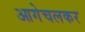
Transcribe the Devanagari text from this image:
आगेचलकर